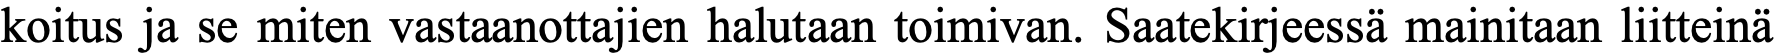
koitus ja se miten vastaanottajien halutaan toimivan. Saatekirjeessä mainitaan liitteinä